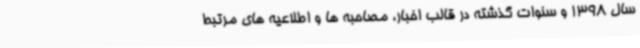
سال 1398 و سنوات گذشته در قالب اخبار، مصاحبه ها و اطلاعیه های مرتبط